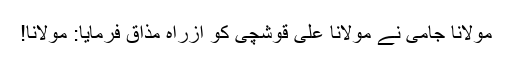
مولانا جامی نے مولانا علی قوشچی کو ازراہ مذاق فرمایا: مولانا!